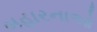
બહારનાઓ